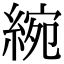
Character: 綩